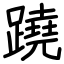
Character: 蹺